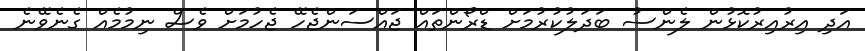
އަދި އިރުއިރުކޮޅުން ލެންސު ބަދަލުކުރުމަށް ޑްރޯންތައް ޖައްސަންޖެހޭ ޖެހުމަށް ވެސް ނިމުމެއް ގެނެވޭނެ